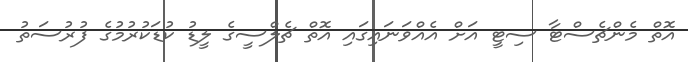
އޮތް މެންޗެސްޓާ ސިޓީ އަށް އެއްވަނައިގައި އޮތް ޗެލްސީގެ ލީޑު ކުޑަކުރުމުގެ ފުރުސަތު